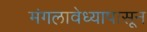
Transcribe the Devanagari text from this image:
मंगलावेध्यापासून